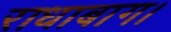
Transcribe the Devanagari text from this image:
राधाबाग।